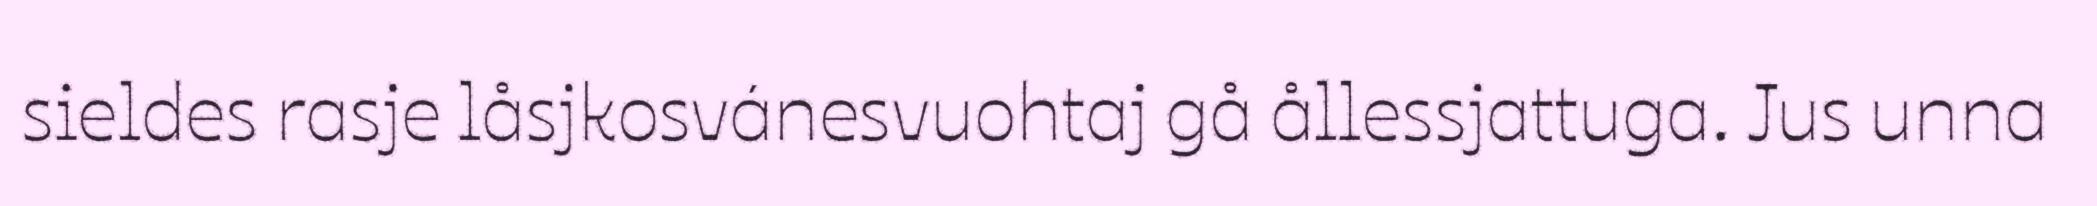
sieldes rasje låsjkosvánesvuohtaj gå ållessjattuga. Jus unna